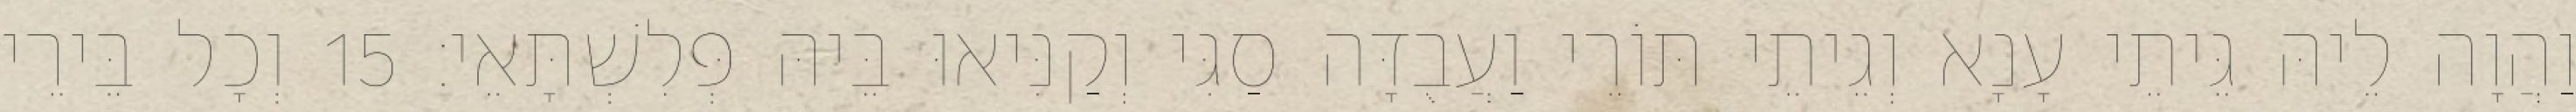
וַהֲוָה לֵיהּ גֵּיתֵי עָנָא וְגֵיתֵי תּוֹרֵי וַעֲבֻדָּה סַגִּי וְקַנִּיאוּ בֵּיהּ פְּלִשְׁתָּאֵי׃ 15 וְכָל בֵּירֵי